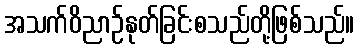
အသက်ဝိညာဉ်နုတ်ခြင်းစသည်တို့ဖြစ်သည်။